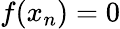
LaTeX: f(x_{n})=0